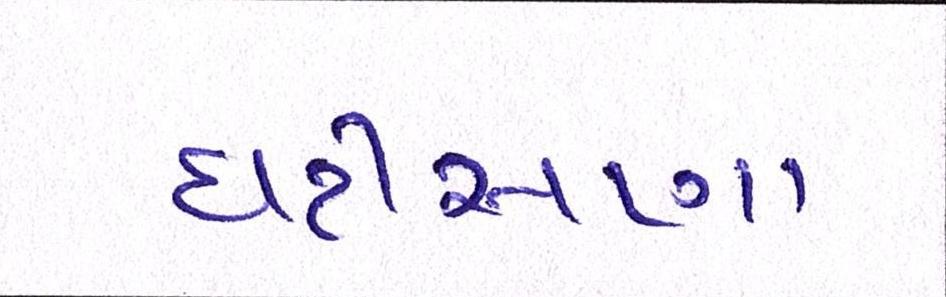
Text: ઘટીસણા